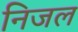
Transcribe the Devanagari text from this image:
निजल